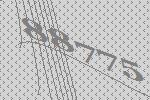
88775